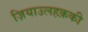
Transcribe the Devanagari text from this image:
ज़ियाउलहक़की